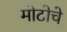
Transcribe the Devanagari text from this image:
मोटोचे